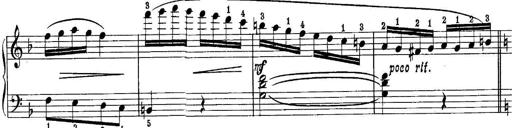
Title: Piano Sonatina No.1 in C major
Composer: Tadeusz Joteyko
Key: C major